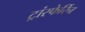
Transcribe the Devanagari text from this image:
ट्रांस्फेर्रिन